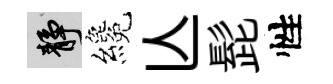
靜纔亾髭性